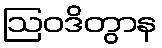
ဩဝဒိတွာန